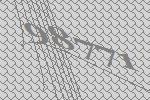
98771